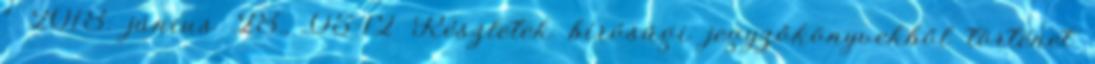
” 2018. június 28., 05:12 ‎Részletek bírósági jegyzőkönyvekből történet